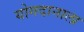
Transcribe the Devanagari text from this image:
योगदानाला